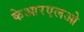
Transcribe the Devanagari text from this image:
केआरएलओ